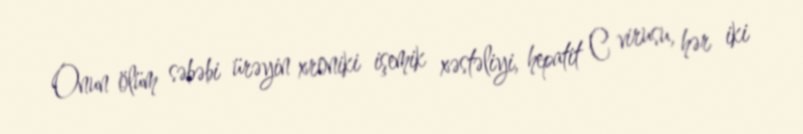
Onun ölüm səbəbi ürəyin xroniki işemik xəstəliyi, hepatit C virusu, hər iki